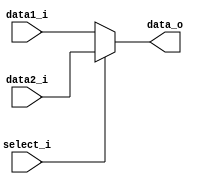
module MUX(data1_i,data2_i,select_i,data_o);
    input [31:0] data1_i,data2_i;
    input select_i;
    output [31:0] data_o;
    assign data_o = select_i ? data2_i : data1_i;
endmodule